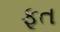
ફૂત